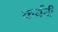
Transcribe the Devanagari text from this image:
कर्धनी